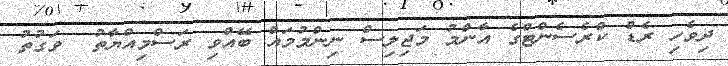
ދިވެހި ރެޑް ކްރެސެންޓްގެ އާންމު މަޖިލިސް ނިންމުމައް ބޭއްވި ރަސްމިއްޔާތު  ވަގުތު